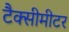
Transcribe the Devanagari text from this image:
टैक्सीमीटर